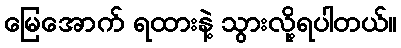
မြေအောက် ရထားနဲ့ သွားလို့ရပါတယ်။